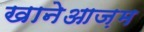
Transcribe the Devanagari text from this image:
खानेआज़म